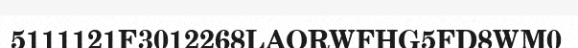
5111121F3012268LAORWFHG5FD8WM0